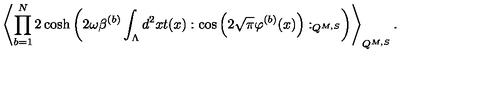
\left\langle \prod _ { b = 1 } ^ { N } 2 \cosh \left( 2 \omega \beta ^ { ( b ) } \int _ { \Lambda } d ^ { 2 } x t ( x ) : \cos \left( 2 \sqrt { \pi } \varphi ^ { ( b ) } ( x ) \right) : _ { Q ^ { M , S } } \right) \right\rangle _ { Q ^ { M , S } } .